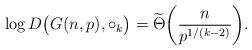
LaTeX: \begin{align*} \log D\big(G(n,p), \circ_{k} \big) = \widetilde{\Theta}\bigg( \frac{n}{p^{1/(k-2)}} \bigg). \end{align*}